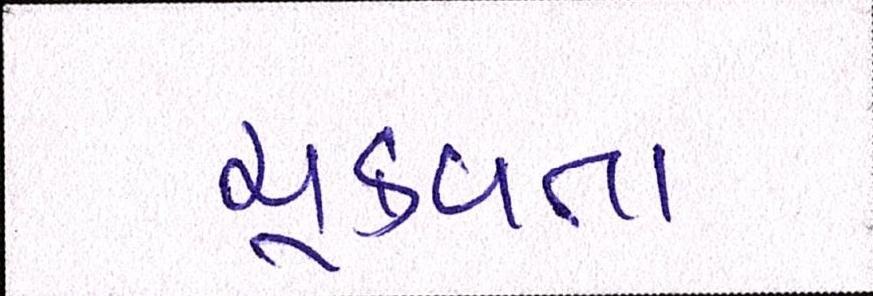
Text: ચૂકવતા